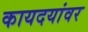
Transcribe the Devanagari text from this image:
कायदयांवर